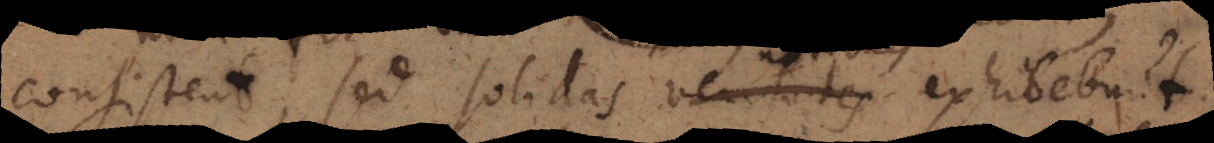
consistent, sed solidas veritates exhibebunt